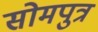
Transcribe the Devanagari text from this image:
सोमपुत्र